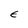
Character: E